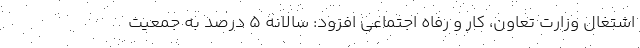
اشتغال وزارت تعاون، کار و رفاه اجتماعی افزود: سالانه ۵ درصد به جمعیت